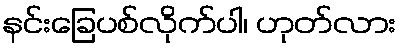
နင်းခြေပစ်လိုက်ပါ၊ ဟုတ်လား